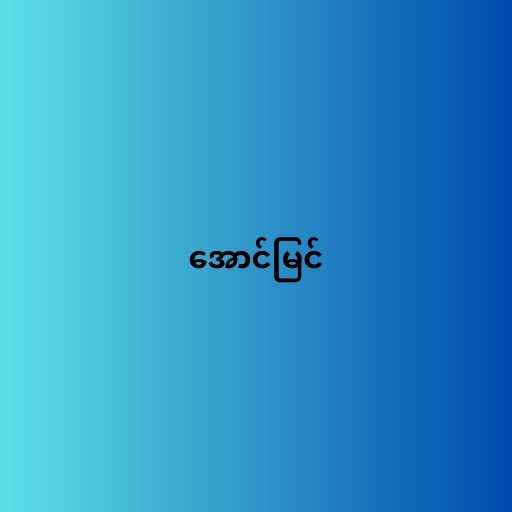
အောင်မြင်